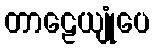
တာဠေယျုံပေ